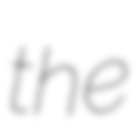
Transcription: the